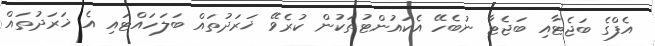
އެފްގެ ބަޖެޓާއި ބަޖެޓާ ނުބެހޭ އެކައުންޓުތަކުން ކުރެވޭ ޚަރަދުތައް ބަލަހައްޓައި އެ ޚަރަދުތައް